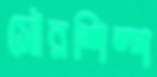
সৌরশিল্প